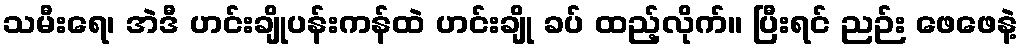
သမီးရေ၊ အဲဒီ ဟင်းချိုပန်းကန်ထဲ ဟင်းချို ခပ် ထည့်လိုက်။ ပြီးရင် ညဉ်း ဖေဖေနဲ့